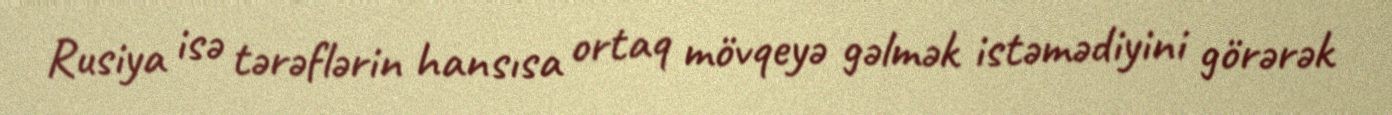
Rusiya isə tərəflərin hansısa ortaq mövqeyə gəlmək istəmədiyini görərək